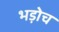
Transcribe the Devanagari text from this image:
भड़ोच